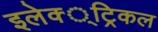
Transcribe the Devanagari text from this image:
इलेक्‍्ट्रिकल